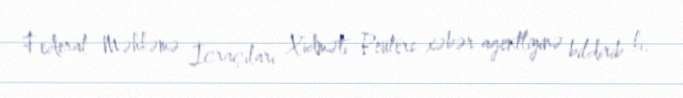
Federal Məhkəmə İcraçıları Xidməti Reuters xəbər agentliyinə bildirib ki,